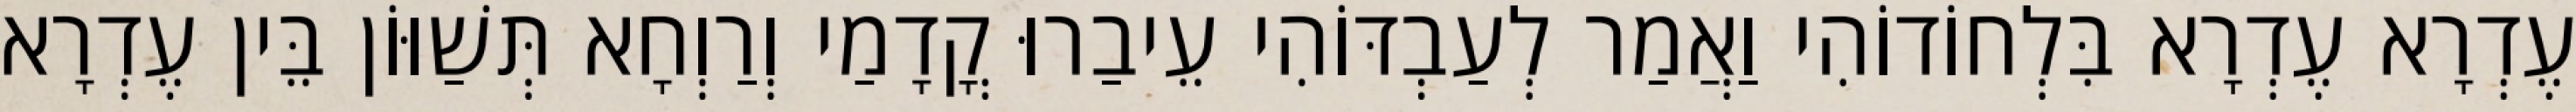
עֶדְרָא עֶדְרָא בִּלְחוֹדוֹהִי וַאֲמַר לְעַבְדּוֹהִי עֵיבַרוּ קֳדָמַי וְרַוְחָא תְּשַׁוּוֹן בֵּין עֶדְרָא